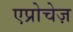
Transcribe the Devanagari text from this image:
एप्रोचेज़